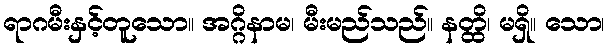
ရာဂမီးနှင့်တူသော။ အဂ္ဂိနာမ၊ မီးမည်သည်။ နတ္ထိ၊ မရှိ။ သော၊